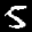
Label: 5